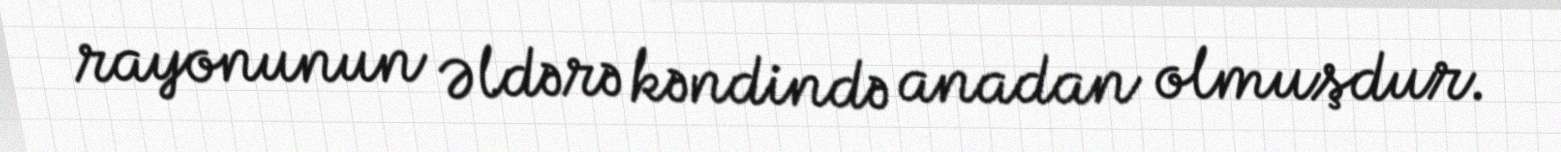
rayonunun Əldərə kəndində anadan olmuşdur.